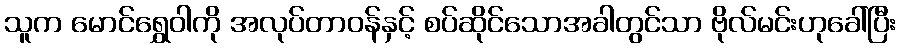
သူက မောင်ရွှေဝါကို အလုပ်တာဝန်နှင့် စပ်ဆိုင်သောအခါတွင်သာ ဗိုလ်မင်းဟုခေါ်ပြီး